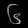
Digit: ၆